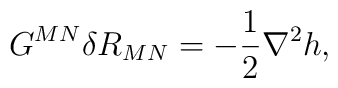
G^{MN} \delta R_{MN} = - {1 \over 2} \nabla^2 h,